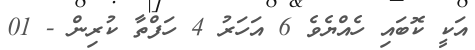
އަކީ ކޮބައި ހެއްޔެވެ 6 އަހަރު 4 ހަފްތާ ކުރިން - 01